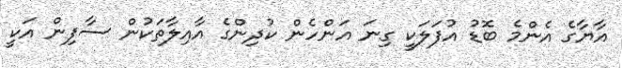
އާޔާގެ އެންމެ ބޮޑު އުފަލަކީ ގިނަ އަންހެން ކުދިންގެ އާއިލާތަކުން ސާފިން އަކީ